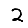
Digit: 2